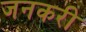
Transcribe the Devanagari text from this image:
जनकरी